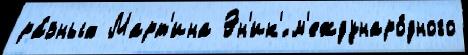
ра́зных Март'ина Эн'ик'́ м'еждунаро́дного